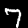
Label: 7